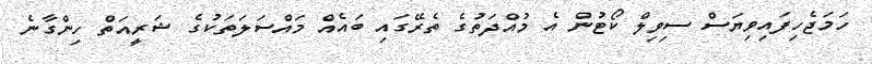
ހަމަޖެހިފައިވިޔަސް ސިވިލް ކޯޓުން އެ މުއްދަތުގެ ތެރޭގައި ބައެއް މައްސަލަތަކުގެ ޝަރީއަތް ހިންގާނެ